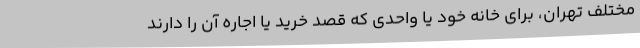
مختلف تهران، برای خانه خود یا واحدی که قصد خرید یا اجاره آن را دارند